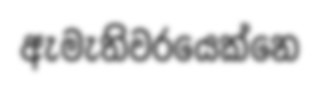
ඇමැතිවරයෙක්නෙ